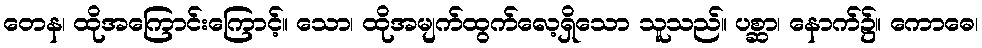
တေန၊ ထိုအကြောင်းကြောင့်။ သော၊ ထိုအမျက်ထွက်လေ့ရှိသော သူသည်။ ပစ္ဆာ၊ နောက်၌။ ကောဓေ၊